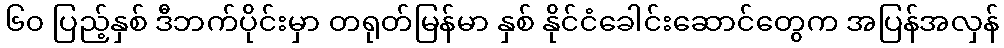
၆၀ ပြည့်နှစ် ဒီဘက်ပိုင်းမှာ တရုတ်မြန်မာ နှစ် နိုင်ငံခေါင်းဆောင်တွေက အပြန်အလှန်